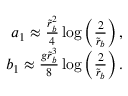
\begin{array} { r } { a _ { 1 } \approx \frac { \tilde { r } _ { b } ^ { 2 } } { 4 } \log \left( \frac { 2 } { \tilde { r } _ { b } } \right) , } \\ { b _ { 1 } \approx \frac { g \tilde { r } _ { b } ^ { 3 } } { 8 } \log \left( \frac { 2 } { \tilde { r } _ { b } } \right) . } \end{array}